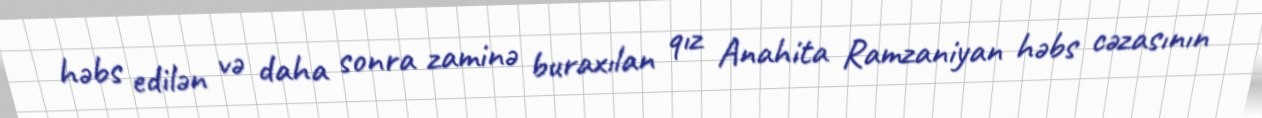
həbs edilən və daha sonra zaminə buraxılan qız Anahita Ramzaniyan həbs cəzasının